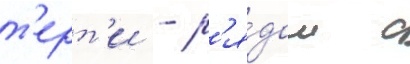
т'ерт'и - р'я́дом с